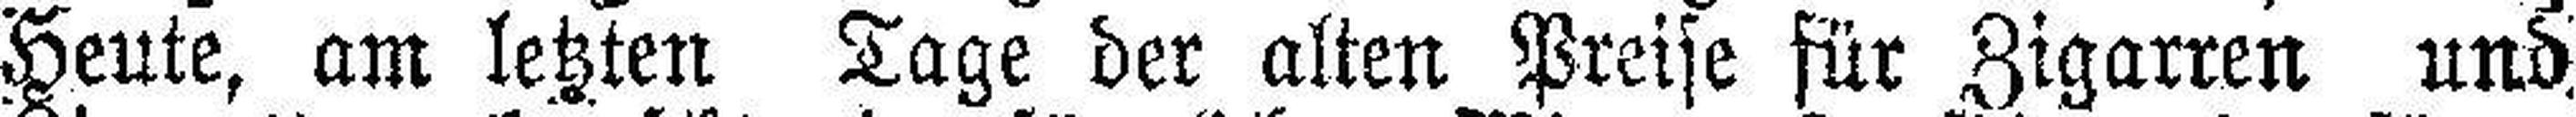
Heute, am letzten Tage der alten Preise für Zigarren und